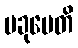
ပခုမေတိ